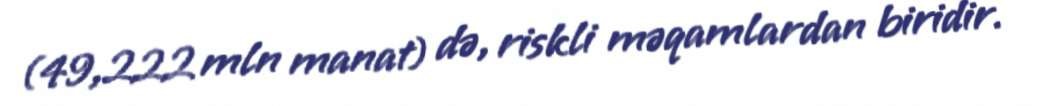
(49,222 mln manat) də, riskli məqamlardan biridir.